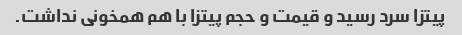
پیتزا سرد رسید و قیمت و حجم پیتزا با هم همخونی نداشت.